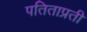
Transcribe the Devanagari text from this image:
पतिताप्रती